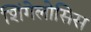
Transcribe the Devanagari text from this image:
शिंगेलोसिस